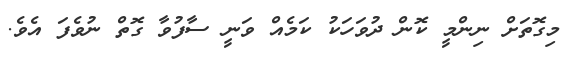
މިގޮތަށް ނިންމީ ކޮން ދުވަހަކު ކަމެއް ވަނީ ސާފުވާ ގޮތް ނުވެފަ އެވެ.